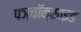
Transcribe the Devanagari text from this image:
पञ्चॉक्साइड